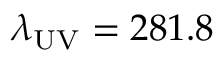
\lambda _ { \mathrm { U V } } = 2 8 1 . 8